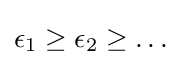
\epsilon _{1}\geq \epsilon _{2}\geq \ldots